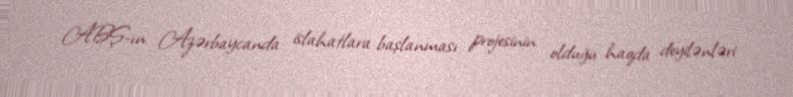
ABŞ-ın Azərbaycanda islahatlara başlanması projesinin olduğu haqda deyilənləri